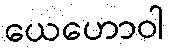
ယေဟောဝါ